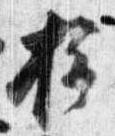
摂